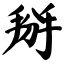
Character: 掰